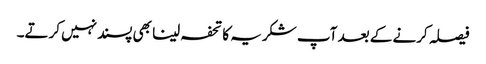
فیصلہ کرنے کے بعد آپ شکریہ کا تحفہ لینا بھی پسندنہیں کرتے۔